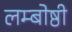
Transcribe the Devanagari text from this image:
लम्बोष्ठी